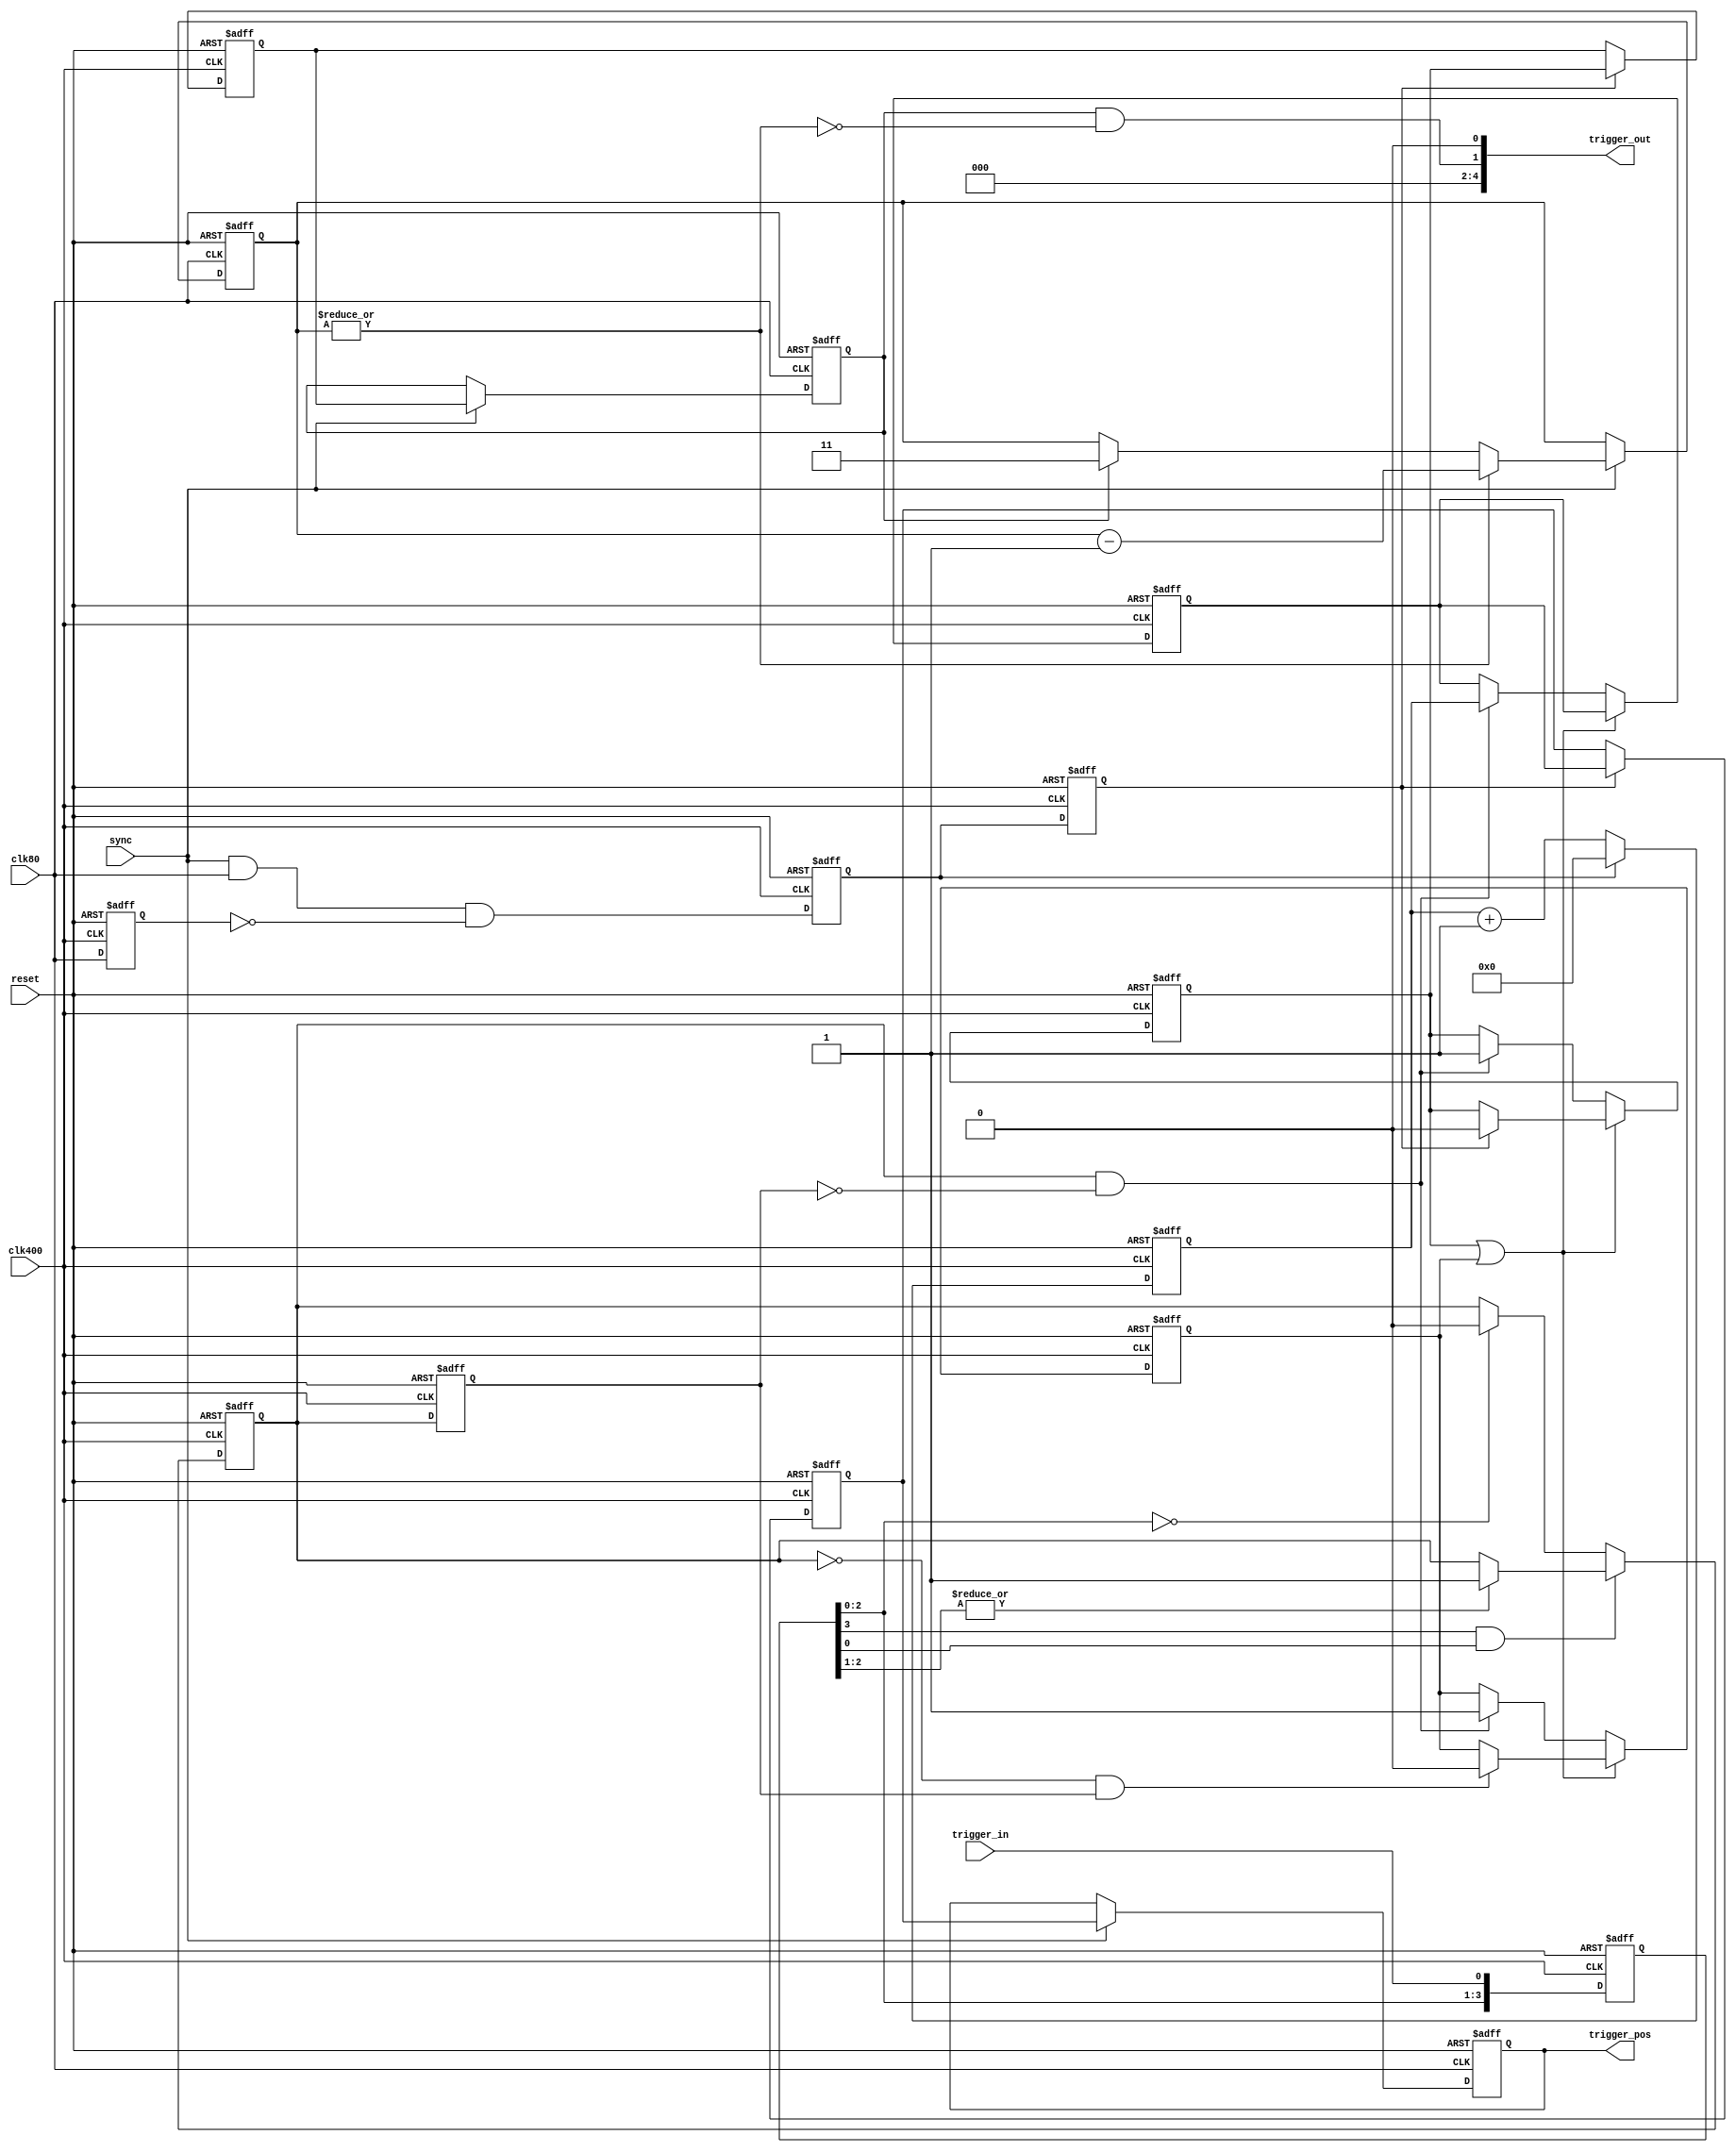
module trigger_in_async_1
(
	input clk80,
	input clk400,
	input sync,
	input reset,
	input trigger_in,
	output [4:0]trigger_out,
	output [3:0]trigger_pos
);
	reg [3:0]trg_in;
	always @(posedge clk400 or posedge reset)
	begin
		if (reset) trg_in <= 0;
		else trg_in <= {trg_in[2:0], trigger_in};
	end
	reg trg_denoise;
	always @(posedge clk400 or posedge reset)
	begin
		if (reset) trg_denoise <= 0;
		else if (trg_in[3] && trg_in[0])
		begin
	    if (|trg_in[2:1]) trg_denoise <= 1;
		end
		else if (trg_in[2:0] == 0) trg_denoise <= 0;
	end
	reg trg_delay;
	always @(posedge clk400 or posedge reset)
	begin
		if (reset) trg_delay <= 0;
		else trg_delay <= trg_denoise;
	end
	wire trg_start =  trg_denoise && !trg_delay;
	wire trg_stop  = !trg_denoise &&  trg_delay;
	reg sync1;
	reg clear;
	reg stop;
	always @(posedge clk400 or posedge reset)
	begin
		if (reset)
		begin
			sync1 <= 0;
			clear <= 0;
			stop  <= 0;
		end
		else
		begin
			sync1 <= clk80;
			clear <= sync && clk80 && !sync1;
			stop  <= clear;
		end
	end
	reg [3:0]poscnt;
	always @(posedge clk400 or posedge reset)
	begin
		if (reset)
		begin
	    poscnt  <= 0;
	  end
		else
		begin
			if (clear) poscnt <= 4'd0;
			else poscnt <= poscnt + 4'd1;
		end
	end
	reg trg_reg;
	reg trg_reg1;
	reg [3:0]pos_reg;
	wire running = trg_reg || trg_reg1;
	always @(posedge clk400 or posedge reset)
	begin
		if (reset)
		begin
		  trg_reg  <= 0;
		  trg_reg1 <= 0;
			pos_reg  <= 0;
		end
		else if (running)
	  begin
	    if (stop)     trg_reg  <= 0;
	    if (trg_stop) trg_reg1 <= 0;
	  end
	  else if (trg_start)
		begin
		  trg_reg  <= 1;
		  trg_reg1 <= 1;
			pos_reg  <= poscnt;
		end
	end
	reg trg400_out;
	reg [3:0]trg400_pos;
	always @(posedge clk400 or posedge reset)
	begin
		if (reset)
		begin
			trg400_out <= 0;
			trg400_pos <= 0;
		end
		else if (stop)
		begin
			trg400_out <= trg_reg;
			trg400_pos <= pos_reg;
		end
	end
	reg trg40;
	reg [3:0]trg40_pos;
	always @(posedge clk80 or posedge reset)
	begin
		if (reset)
		begin
			trg40     <= 0;
			trg40_pos <= 0;
		end
		else if (sync)
		begin
			trg40     <= trg400_out;
			trg40_pos <= trg400_pos;
		end
	end
	reg [1:0]trg_veto_cnt;
	wire trg_veto = |trg_veto_cnt;
	always @(posedge clk80 or posedge reset)
	begin
	  if (reset) trg_veto_cnt <= 2'd0;
	  else if (sync)
	  begin
	  	if (trg_veto) trg_veto_cnt <= trg_veto_cnt - 2'd1;
	  	else if (trg40) trg_veto_cnt <= 2'd3;
	  end
	end
	wire trg40_blk = trg40 & !trg_veto;
	assign trigger_out = {3'b000, trg40_blk, 1'b0};
	assign trigger_pos = trg40_pos;
endmodule